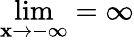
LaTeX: \operatorname*{lim}_{\mathbf{x}\rightarrow-\infty}=\infty